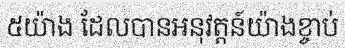
៥យ៉ាង ដែលបានអនុវត្តន៍យ៉ាងខ្ចាប់